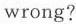
wrong?